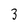
Character: 3